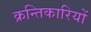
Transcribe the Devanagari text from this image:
क्रन्तिकारियों